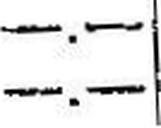
—.—